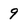
Character: 9